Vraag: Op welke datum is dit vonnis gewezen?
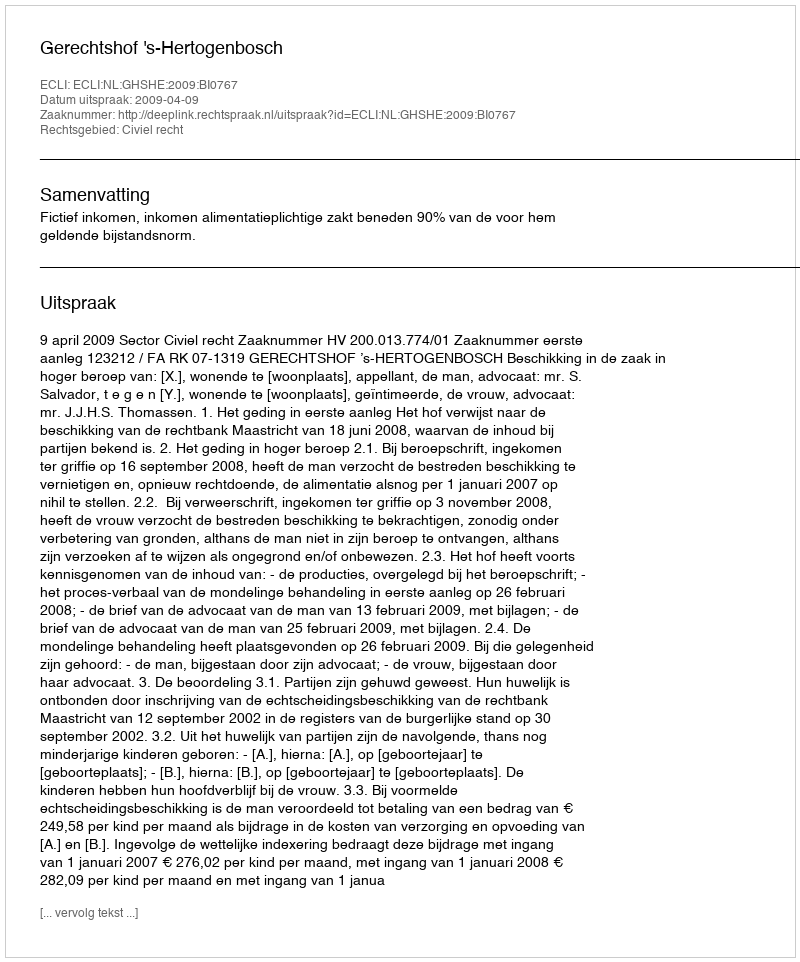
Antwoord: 2009-04-09